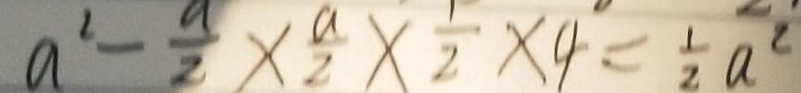
a ^ { 2 } - \frac { a } { 2 } \times \frac { a } { 2 } \times \frac { 1 } { 2 } \times 4 = \frac { 1 } { 2 } a ^ { 2 }